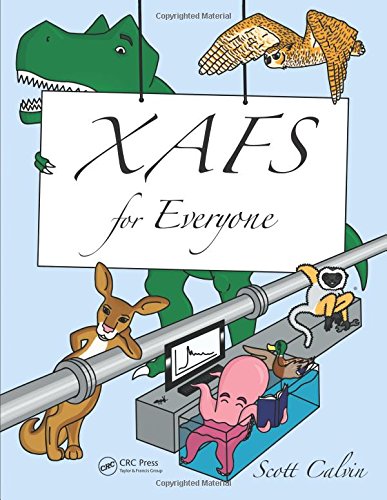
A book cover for XAFS for Everyone; Scott Calvin; Science & Math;